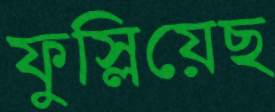
ফুস্‌লিয়েছ